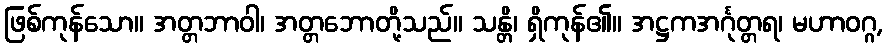
ဖြစ်ကုန်သော။ အတ္တဘာဝါ၊ အတ္တဘောတို့သည်။ သန္တိ၊ ရှိကုန်၏။ အဋ္ဌကအင်္ဂုတ္တရ၊ မဟာဝဂ္ဂ,